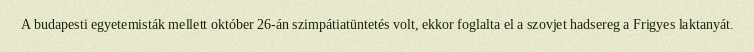
A budapesti egyetemisták mellett október 26-án szimpátiatüntetés volt, ekkor foglalta el a szovjet hadsereg a Frigyes laktanyát.